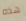
هذه